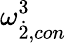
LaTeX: {{\omega}}_{\dot{2},con}^{3}